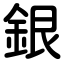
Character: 銀